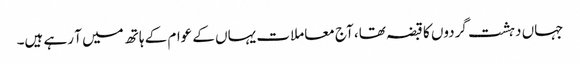
جہاں دہشت گردوں کا قبضہ تھا، آج معاملات یہاں کے عوام کے ہاتھ میں آ رہے ہیں۔